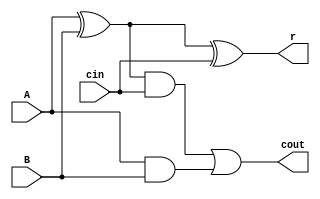
`timescale 1ns / 1ps
//////////////////////////////////////////////////////////////////////////////////
// Company: 
// Engineer: 
// 
// Design Name: 
// Module Name:    full_adder 
// Project Name: 
// Target Devices: 
// Tool versions: 
// Description: 
//
// Dependencies: 
//
// Revision: 
// Revision 0.01 - File Created
// Additional Comments: 
//
//////////////////////////////////////////////////////////////////////////////////
module full_adder(
	A,
	B,
	cin,
	r,
	cout
);
	
	input A, B, cin;
	output r, cout;

	wire w1, w2, w3;
	
	xor g1(w1, A, B);
	xor g2(r, w1, cin);
	and g3(w2, w1, cin);
	and g4(w3, A, B);
	or g5(cout, w2, w3);
	
endmodule